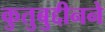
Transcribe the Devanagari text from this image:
कुतुबुद्दीनने